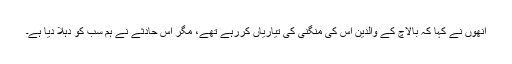
انھوں نے کہا کہ بالاچ کے والدین اس کی منگنی کی تیاریاں کررہے تھے، مگر اس حادثے نے ہم سب کو دہلا دیا ہے۔